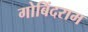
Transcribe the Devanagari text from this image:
गोबिंदराम